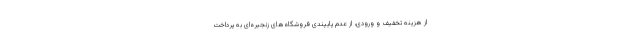
از هزینه تخفیف و ورودی، از عدم پایپندی فروشگاه‌های زنجیره‌ای به پرداخت